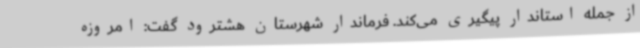
از جمله استاندار پیگیری می‌کند. فرماندار شهرستان هشترود گفت: امروزه